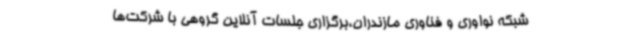
شبکه نواوری و فناوری مازندران،برگزاری جلسات آنلاین گروهی با شرکت‌ها